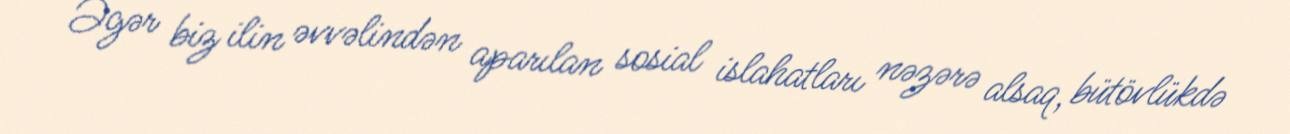
Əgər biz ilin əvvəlindən aparılan sosial islahatları nəzərə alsaq, bütövlükdə